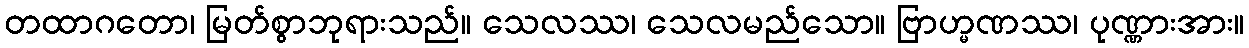
တထာဂတော၊ မြတ်စွာဘုရားသည်။ သေလဿ၊ သေလမည်သော။ ဗြာဟ္မဏဿ၊ ပုဏ္ဏားအား။